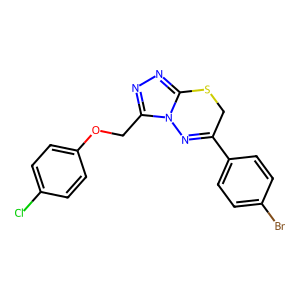
SMILES: Clc1ccc(OCc2nnc3n2N=C(c2ccc(Br)cc2)CS3)cc1
Inhibits HIV replication: No